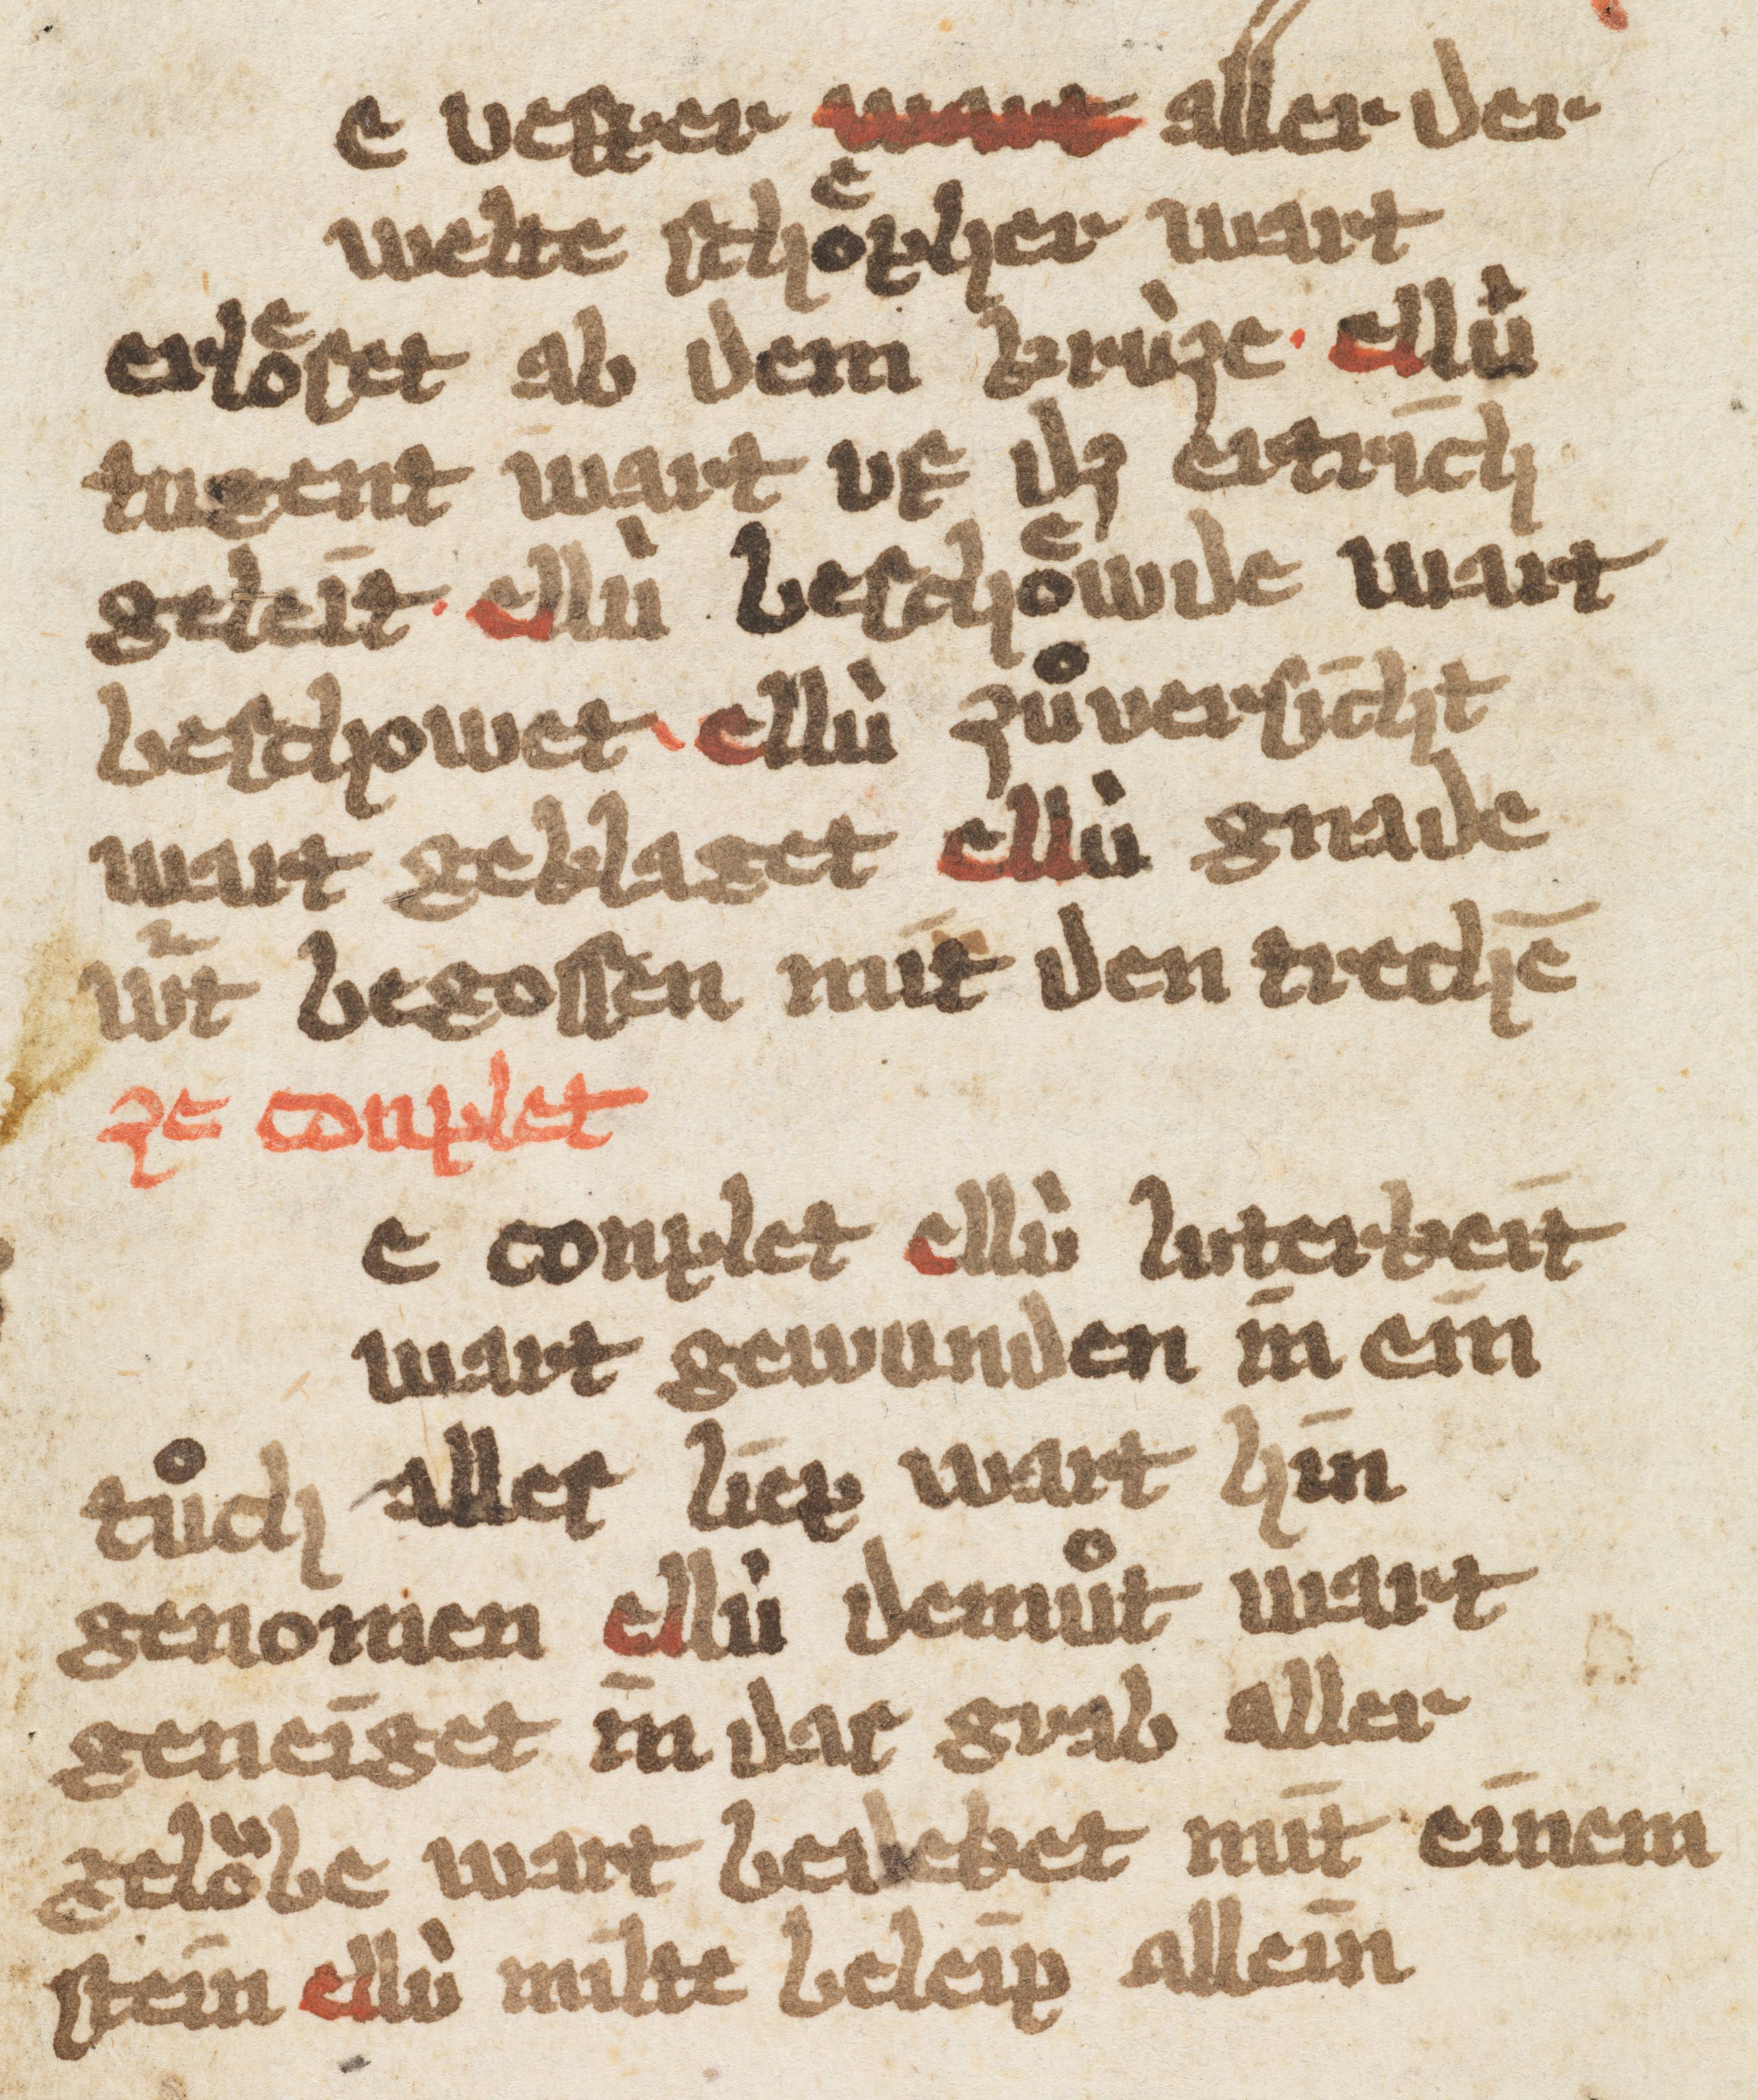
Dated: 1385–1415